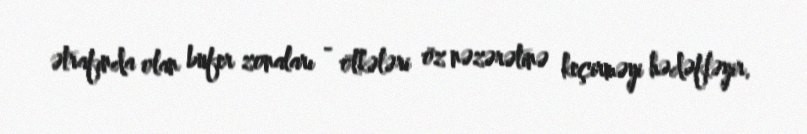
ətrafında olan bufer zonaları - ölkələri öz nəzərətinə keçirməyi hədəfləyir.